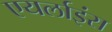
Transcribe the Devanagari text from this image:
एयर्लाइंस